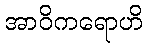
အာဝိကရောဟိ